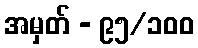
အမှတ် - ၉၅/၁၀၀